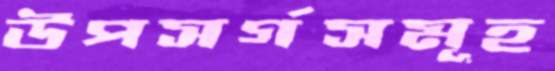
উপসর্গসমূহ